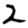
Digit: 2